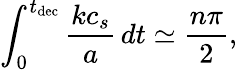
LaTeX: \int_{0}^{t_{\mathrm{dec}}}\frac{kc_{s}}{a}\, dt\simeq\frac{n\pi}{2},